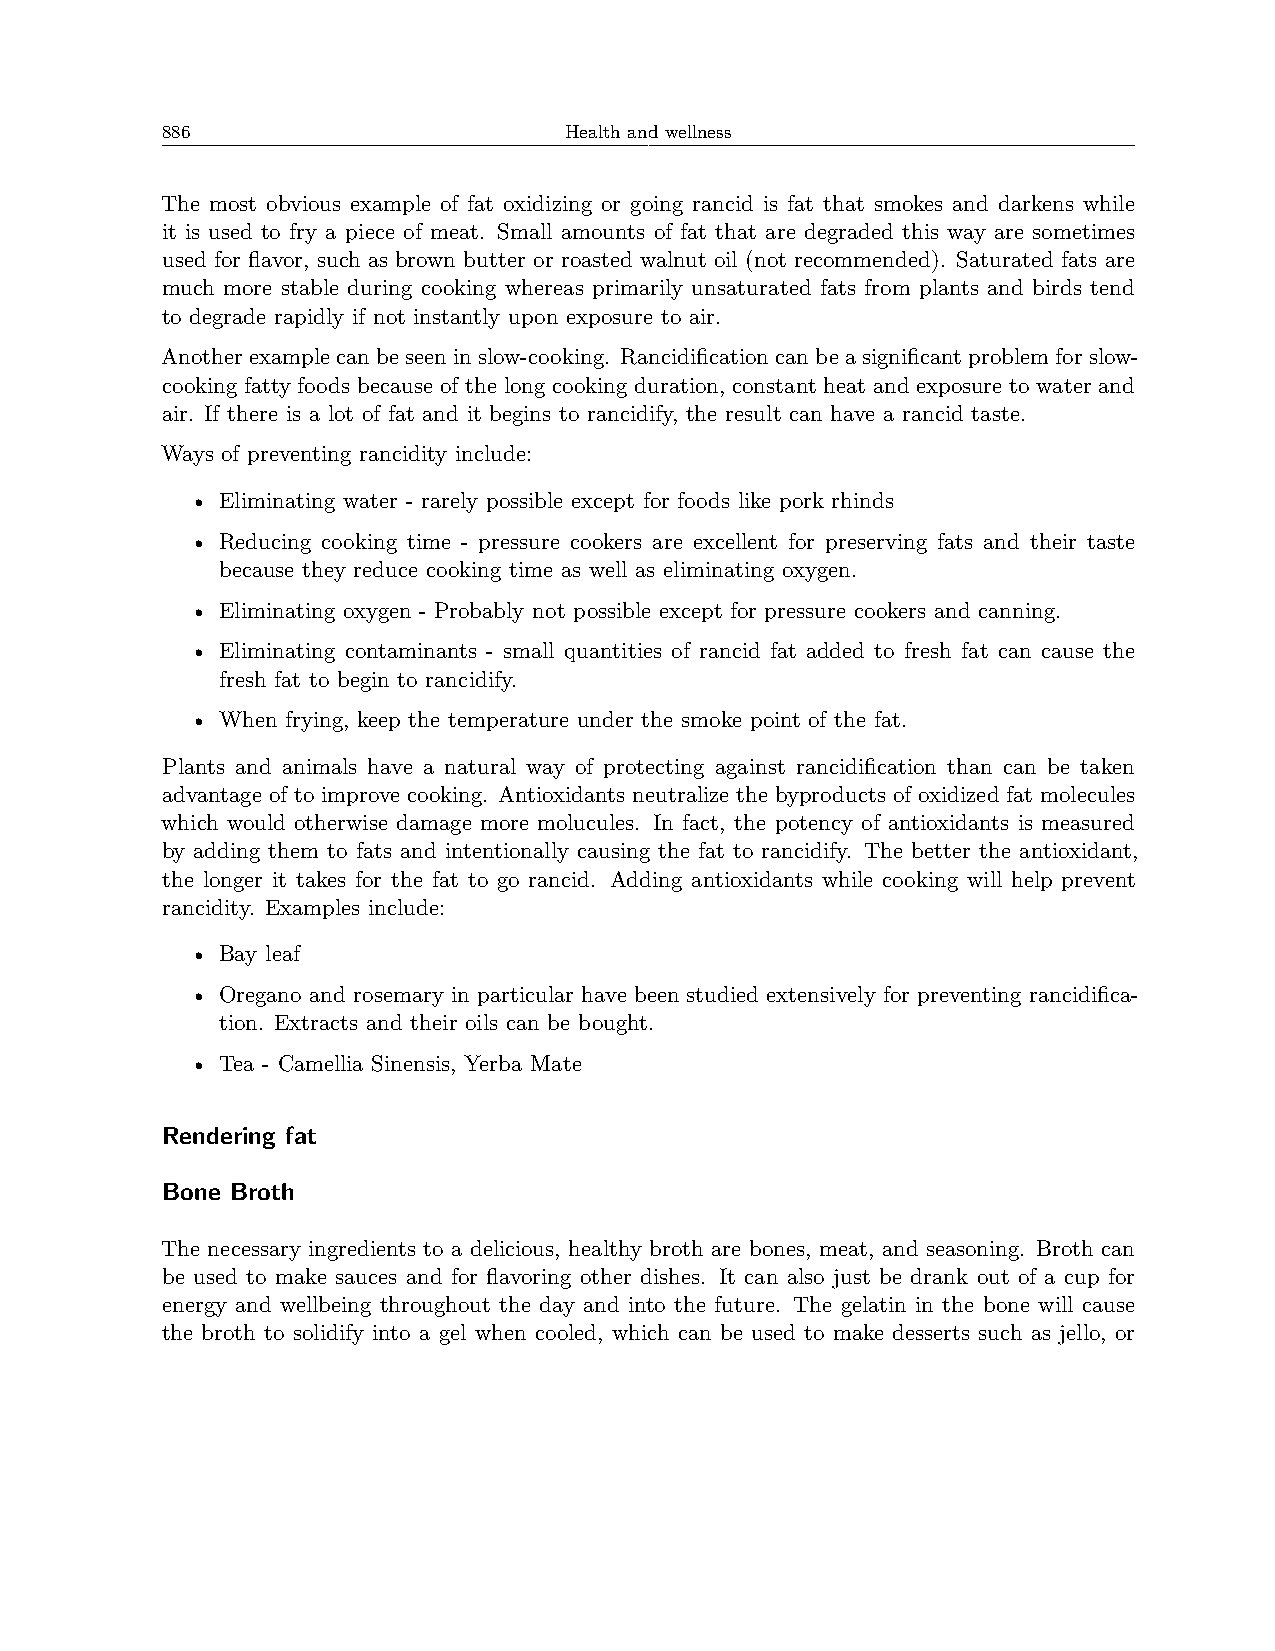
886                       Health and wellness
 The most obvious example of fat oxidizing or going rancid is fat that smokes and darkens while
 it is used to fry a piece of meat. Small amounts of fat that are degraded this way are sometimes
 used for flavor, such as brown butter or roasted walnut oil (not recommended). Saturated fats are
 much more stable during cooking whereas primarily unsaturated fats from plants and birds tend
 to degrade rapidly if not instantly upon exposure to air.
 Anotherexamplecanbeseeninslow-cooking. Rancidificationcanbeasignificantproblemforslow-
 cooking fatty foods because of the long cooking duration, constant heat and exposure to water and
 air. If there is a lot of fat and it begins to rancidify, the result can have a rancid taste.
 Ways of preventing rancidity include:
 • Eliminating water - rarely possible except for foods like pork rhinds
 • Reducing cooking time - pressure cookers are excellent for preserving fats and their taste
 because they reduce cooking time as well as eliminating oxygen.
 • Eliminating oxygen - Probably not possible except for pressure cookers and canning.
 • Eliminating contaminants - small quantities of rancid fat added to fresh fat can cause the
 fresh fat to begin to rancidify.
 • When frying, keep the temperature under the smoke point of the fat.
 Plants and animals have a natural way of protecting against rancidification than can be taken
 advantage of to improve cooking. Antioxidants neutralize the byproducts of oxidized fat molecules
 which would otherwise damage more molucules. In fact, the potency of antioxidants is measured
 by adding them to fats and intentionally causing the fat to rancidify. The better the antioxidant,
 the longer it takes for the fat to go rancid. Adding antioxidants while cooking will help prevent
 rancidity. Examples include:
 • Bay leaf
 • Oregano and rosemary in particular have been studied extensively for preventing rancidifica-
 tion. Extracts and their oils can be bought.
 • Tea - Camellia Sinensis, Yerba Mate
 Rendering fat
 Bone Broth
 The necessary ingredients to a delicious, healthy broth are bones, meat, and seasoning. Broth can
 be used to make sauces and for flavoring other dishes. It can also just be drank out of a cup for
 energy and wellbeing throughout the day and into the future. The gelatin in the bone will cause
 the broth to solidify into a gel when cooled, which can be used to make desserts such as jello, or